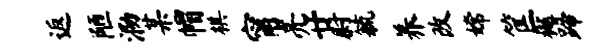
返陋泐某帽棋甯亮廿尉毓养改嫦筐樾蹄